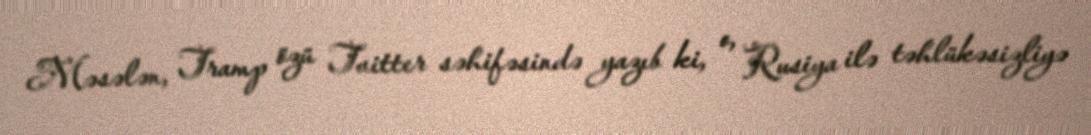
Məsələn, Tramp özü Tvitter səhifəsində yazıb ki, o, Rusiya ilə təhlükəsizliyə